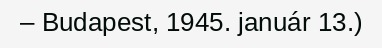
– Budapest, 1945. január 13.)